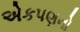
એકપણનો